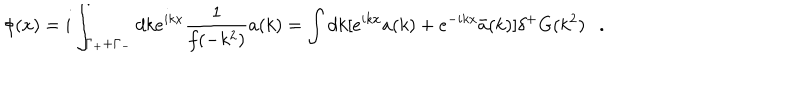
\phi ( x ) = i \int _ { \Gamma _ { + } + \Gamma _ { - } } d k e ^ { i k x } \frac { 1 } { f ( - k ^ { 2 } ) } a ( k ) = \int d k [ e ^ { i k x } a ( k ) + e ^ { - i k x } \bar { a } ( k ) ] \delta ^ { + } G ( k ^ { 2 } ) .